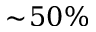
\sim \! 5 0 \%